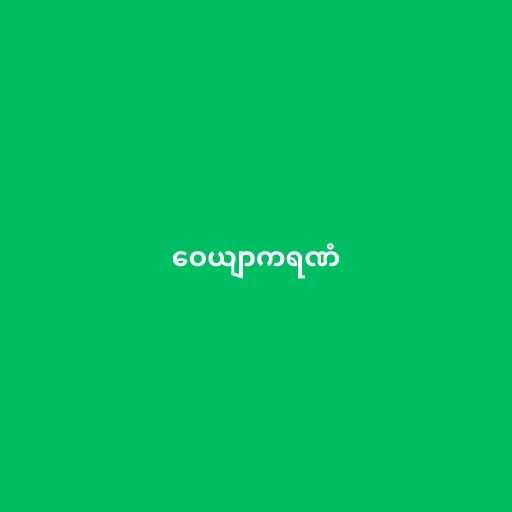
ဝေယျာကရဏံ